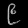
Digit: ၉